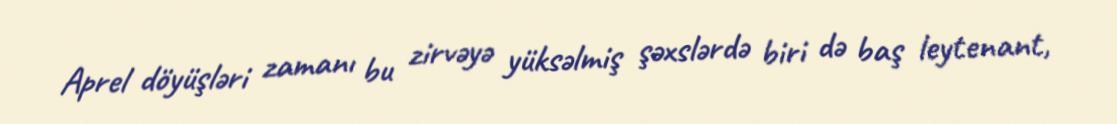
Aprel döyüşləri zamanı bu zirvəyə yüksəlmiş şəxslərdə biri də baş leytenant,